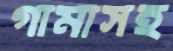
গামাসহ